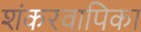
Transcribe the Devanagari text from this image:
शंकरवापिका